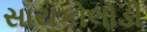
સાયકોલોડી